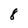
Character: 8